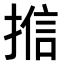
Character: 𭡩